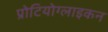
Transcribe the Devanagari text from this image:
प्रोटियोग्लाइकन